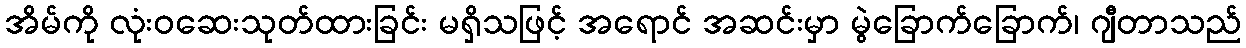
အိမ်ကို လုံးဝဆေးသုတ်ထားခြင်း မရှိသဖြင့် အရောင် အဆင်းမှာ မွဲခြောက်ခြောက်၊ ဂျီတာသည်